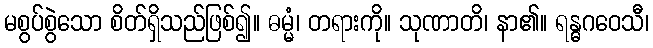
မစွပ်စွဲသော စိတ်ရှိသည်ဖြစ်၍။ ဓမ္မံ၊ တရားကို။ သုဏာတိ၊ နာ၏။ ရန္ဓဂဝေသီ၊